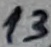
Text: 13